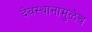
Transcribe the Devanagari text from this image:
देवस्थानामुळेच